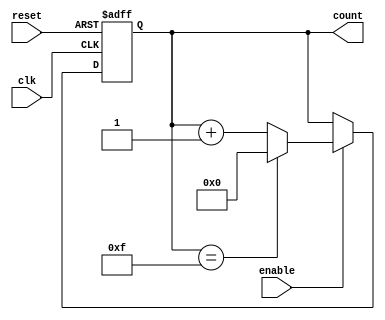
module binary_counter (
    input wire clk,          // Clock signal
    input wire reset,        // Asynchronous reset signal
    input wire enable,       // Enable signal for counting
    output reg [3:0] count   // 4-bit counter output
);

// Maximum count value for a 4-bit counter
localparam MAX_COUNT = 4'b1111; // 15 in decimal

// Always block triggered on the rising edge of the clock or reset
always @(posedge clk or posedge reset) begin
    if (reset) begin
        count <= 4'b0000; // Reset the counter to 0
    end else if (enable) begin
        if (count == MAX_COUNT) begin
            count <= 4'b0000; // Wrap around to 0 when max count is reached
        end else begin
            count <= count + 1'b1; // Increment the counter
        end
    end
end

endmodule